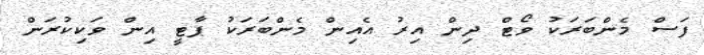
ފަސް މެންބަރަކު ވޯޓް ދިން އިރު އެއިން މެންބަރަކު ޕާޓީ އިން ވަކިކުރަން